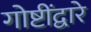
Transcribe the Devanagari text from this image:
गोष्टींद्वारे